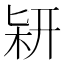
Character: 𠤡